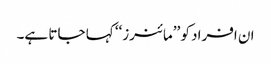
ان افراد کو ’’مائنرز‘‘ کہا جاتا ہے۔